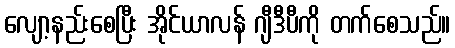
လျော့နည်းစေပြီး အိုင်ယာလန် ဂျီဒီပီကို တက်စေသည်။